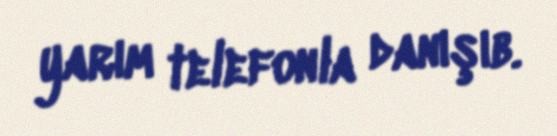
yarım telefonla danışıb.